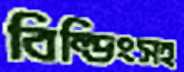
বিল্ডিংসহ